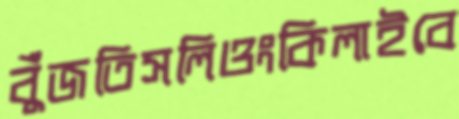
বুঁজতিসলিওংকিলাইবে